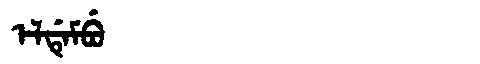
Manchu: ᡝᠯᡩᡝᠮᠪᡠ
Romanization: ELDEMBU